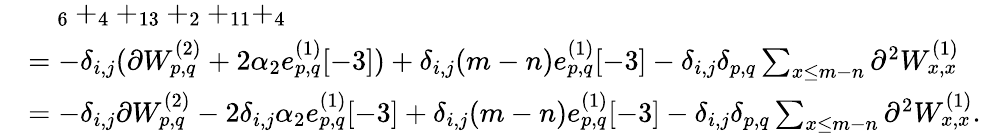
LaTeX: \begin{array}{rl}&{\quad_{6}+_{4}+_{13}+_{2}+_{11}+_{4}}\\ &{=-\delta_{i,j}(\partial W_{p,q}^{(2)}+2\alpha_{2}e_{p,q}^{(1)}[-3])+\delta_{i,j}(m-n)e_{p,q}^{(1)}[-3]-\delta_{i,j}\delta_{p,q}\sum_{x\leq m-n}\partial^{2}W_{x,x}^{(1)}}\\ &{=-\delta_{i,j}\partial W_{p,q}^{(2)}-2\delta_{i,j}\alpha_{2}e_{p,q}^{(1)}[-3]+\delta_{i,j}(m-n)e_{p,q}^{(1)}[-3]-\delta_{i,j}\delta_{p,q}\sum_{x\leq m-n}\partial^{2}W_{x,x}^{(1)}.}\end{array}